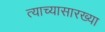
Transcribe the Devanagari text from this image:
त्याच्यासारख्या